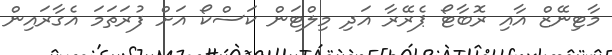
މާޓިނޭޒް އާއި ރޮބާޓޯ ޕެރޭރާ އަދި މިލްޓަން ކަސްކޯ އަށް ފުރަތަމަ އެގާރައިން